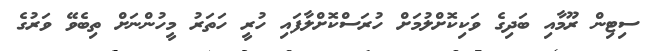
ސިޓިން ރޫމާއި ބަދިގެ ވަކިކޮށްލުމަށް ހުރަސްކޮށްލާފައި ހުރީ ހަތަރު މީހުންނަށް ތިބެވޭ ވަރުގެ